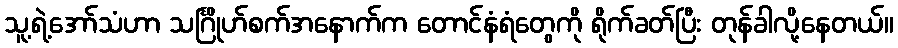
သူ့ရဲ့အော်သံဟာ သင်္ဂြိုဟ်စက်အနောက်က တောင်နံရံတွေကို ရိုက်ခတ်ပြီး တုန်ခါလို့နေတယ်။